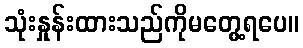
သုံးနှုန်းထားသည်ကိုမတွေ့ရပေ။